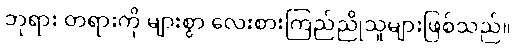
ဘုရား တရားကို များစွာ လေးစားကြည်ညိုသူများဖြစ်သည်။